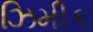
ઝિમીક